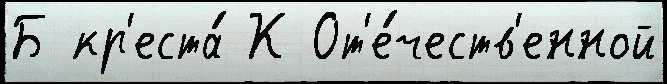
Б кр'еста́ К От'е́честв'енной